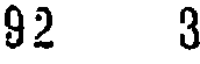
92 3